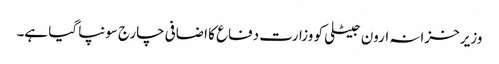
وزیر خزانہ ارون جیٹلی کو وزارت دفاع کا اضافی چارج سونپا گیا ہے۔